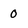
Character: 0